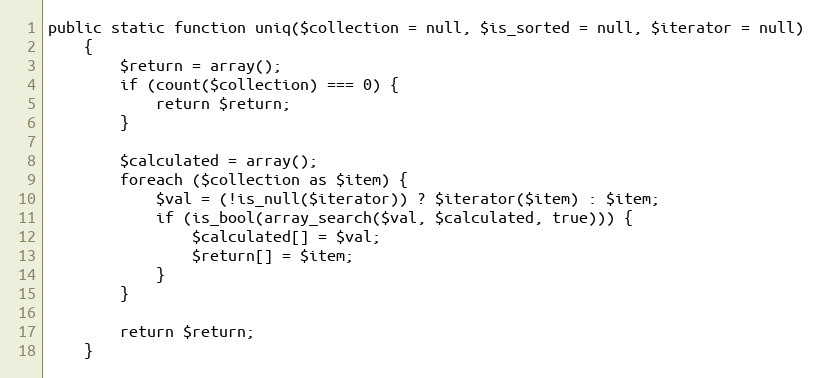
Language: PHP
public static function uniq($collection = null, $is_sorted = null, $iterator = null)
    {
        $return = array();
        if (count($collection) === 0) {
            return $return;
        }

        $calculated = array();
        foreach ($collection as $item) {
            $val = (!is_null($iterator)) ? $iterator($item) : $item;
            if (is_bool(array_search($val, $calculated, true))) {
                $calculated[] = $val;
                $return[] = $item;
            }
        }

        return $return;
    }